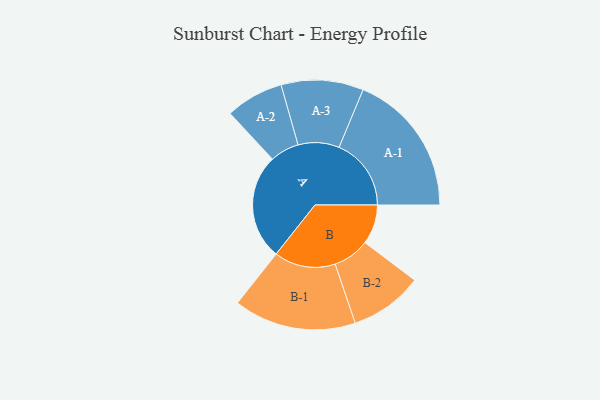
{"axis": {"x": "Segment", "y": "Value"}, "legend": ["", "A", "B"], "data": [{"x": "A", "y": 419, "type": ""}, {"x": "B", "y": 157, "type": ""}, {"x": "A-1", "y": 286, "type": "A"}, {"x": "A-2", "y": 115, "type": "A"}, {"x": "A-3", "y": 163, "type": "A"}, {"x": "B-1", "y": 243, "type": "B"}, {"x": "B-2", "y": 145, "type": "B"}]}